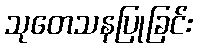
သုတေသနပြုခြင်း